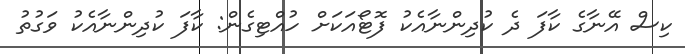
ކިސް އޭނާގެ ކާފަ ދެ ކުދިންނާއެކު ފޮޓޯއަކަށް ހުއްޓިގެން: ކާފަ ކުދިންނާއެކު ވަގުތު